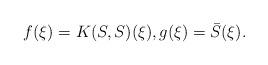
LaTeX: \begin{align*}f(\xi)=K(S,S)(\xi), g(\xi)=\bar S(\xi).\end{align*}